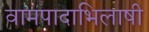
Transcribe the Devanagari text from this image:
वामपादाभिलाषी